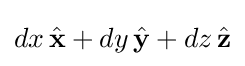
dx\,{\hat {\mathbf {x} }}+dy\,{\hat {\mathbf {y} }}+dz\,{\hat {\mathbf {z} }}